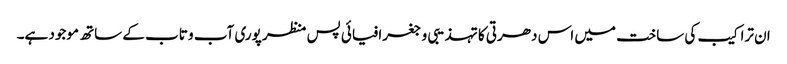
ان تراکیب کی ساخت میں اس دھرتی کا تہذیبی و جغرافیائی پس منظر پوری آب و تاب کے ساتھ موجود ہے۔